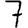
Digit: 7